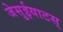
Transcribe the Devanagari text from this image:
जेसुईयाटस्